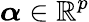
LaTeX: \boldsymbol{\alpha}\in\mathbb{R}^{p}